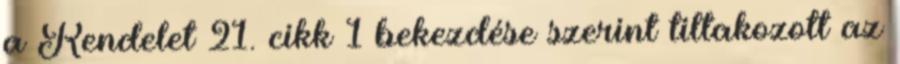
a Rendelet 21. cikk 1 bekezdése szerint tiltakozott az